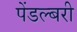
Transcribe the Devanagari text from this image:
पेंडल्बरी